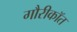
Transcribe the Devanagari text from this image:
गौरीकॉत